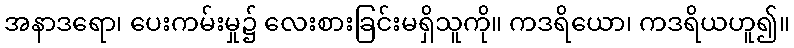
အနာဒရော၊ ပေးကမ်းမှု၌ လေးစားခြင်းမရှိသူကို။ ကဒရိယော၊ ကဒရိယဟူ၍။